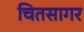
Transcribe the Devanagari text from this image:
चितसागर